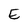
Character: E